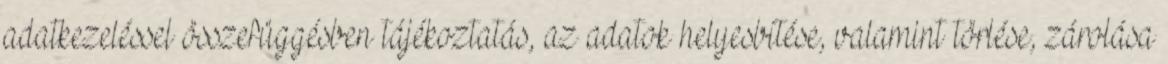
adatkezeléssel összefüggésben tájékoztatás, az adatok helyesbítése, valamint törlése, zárolása